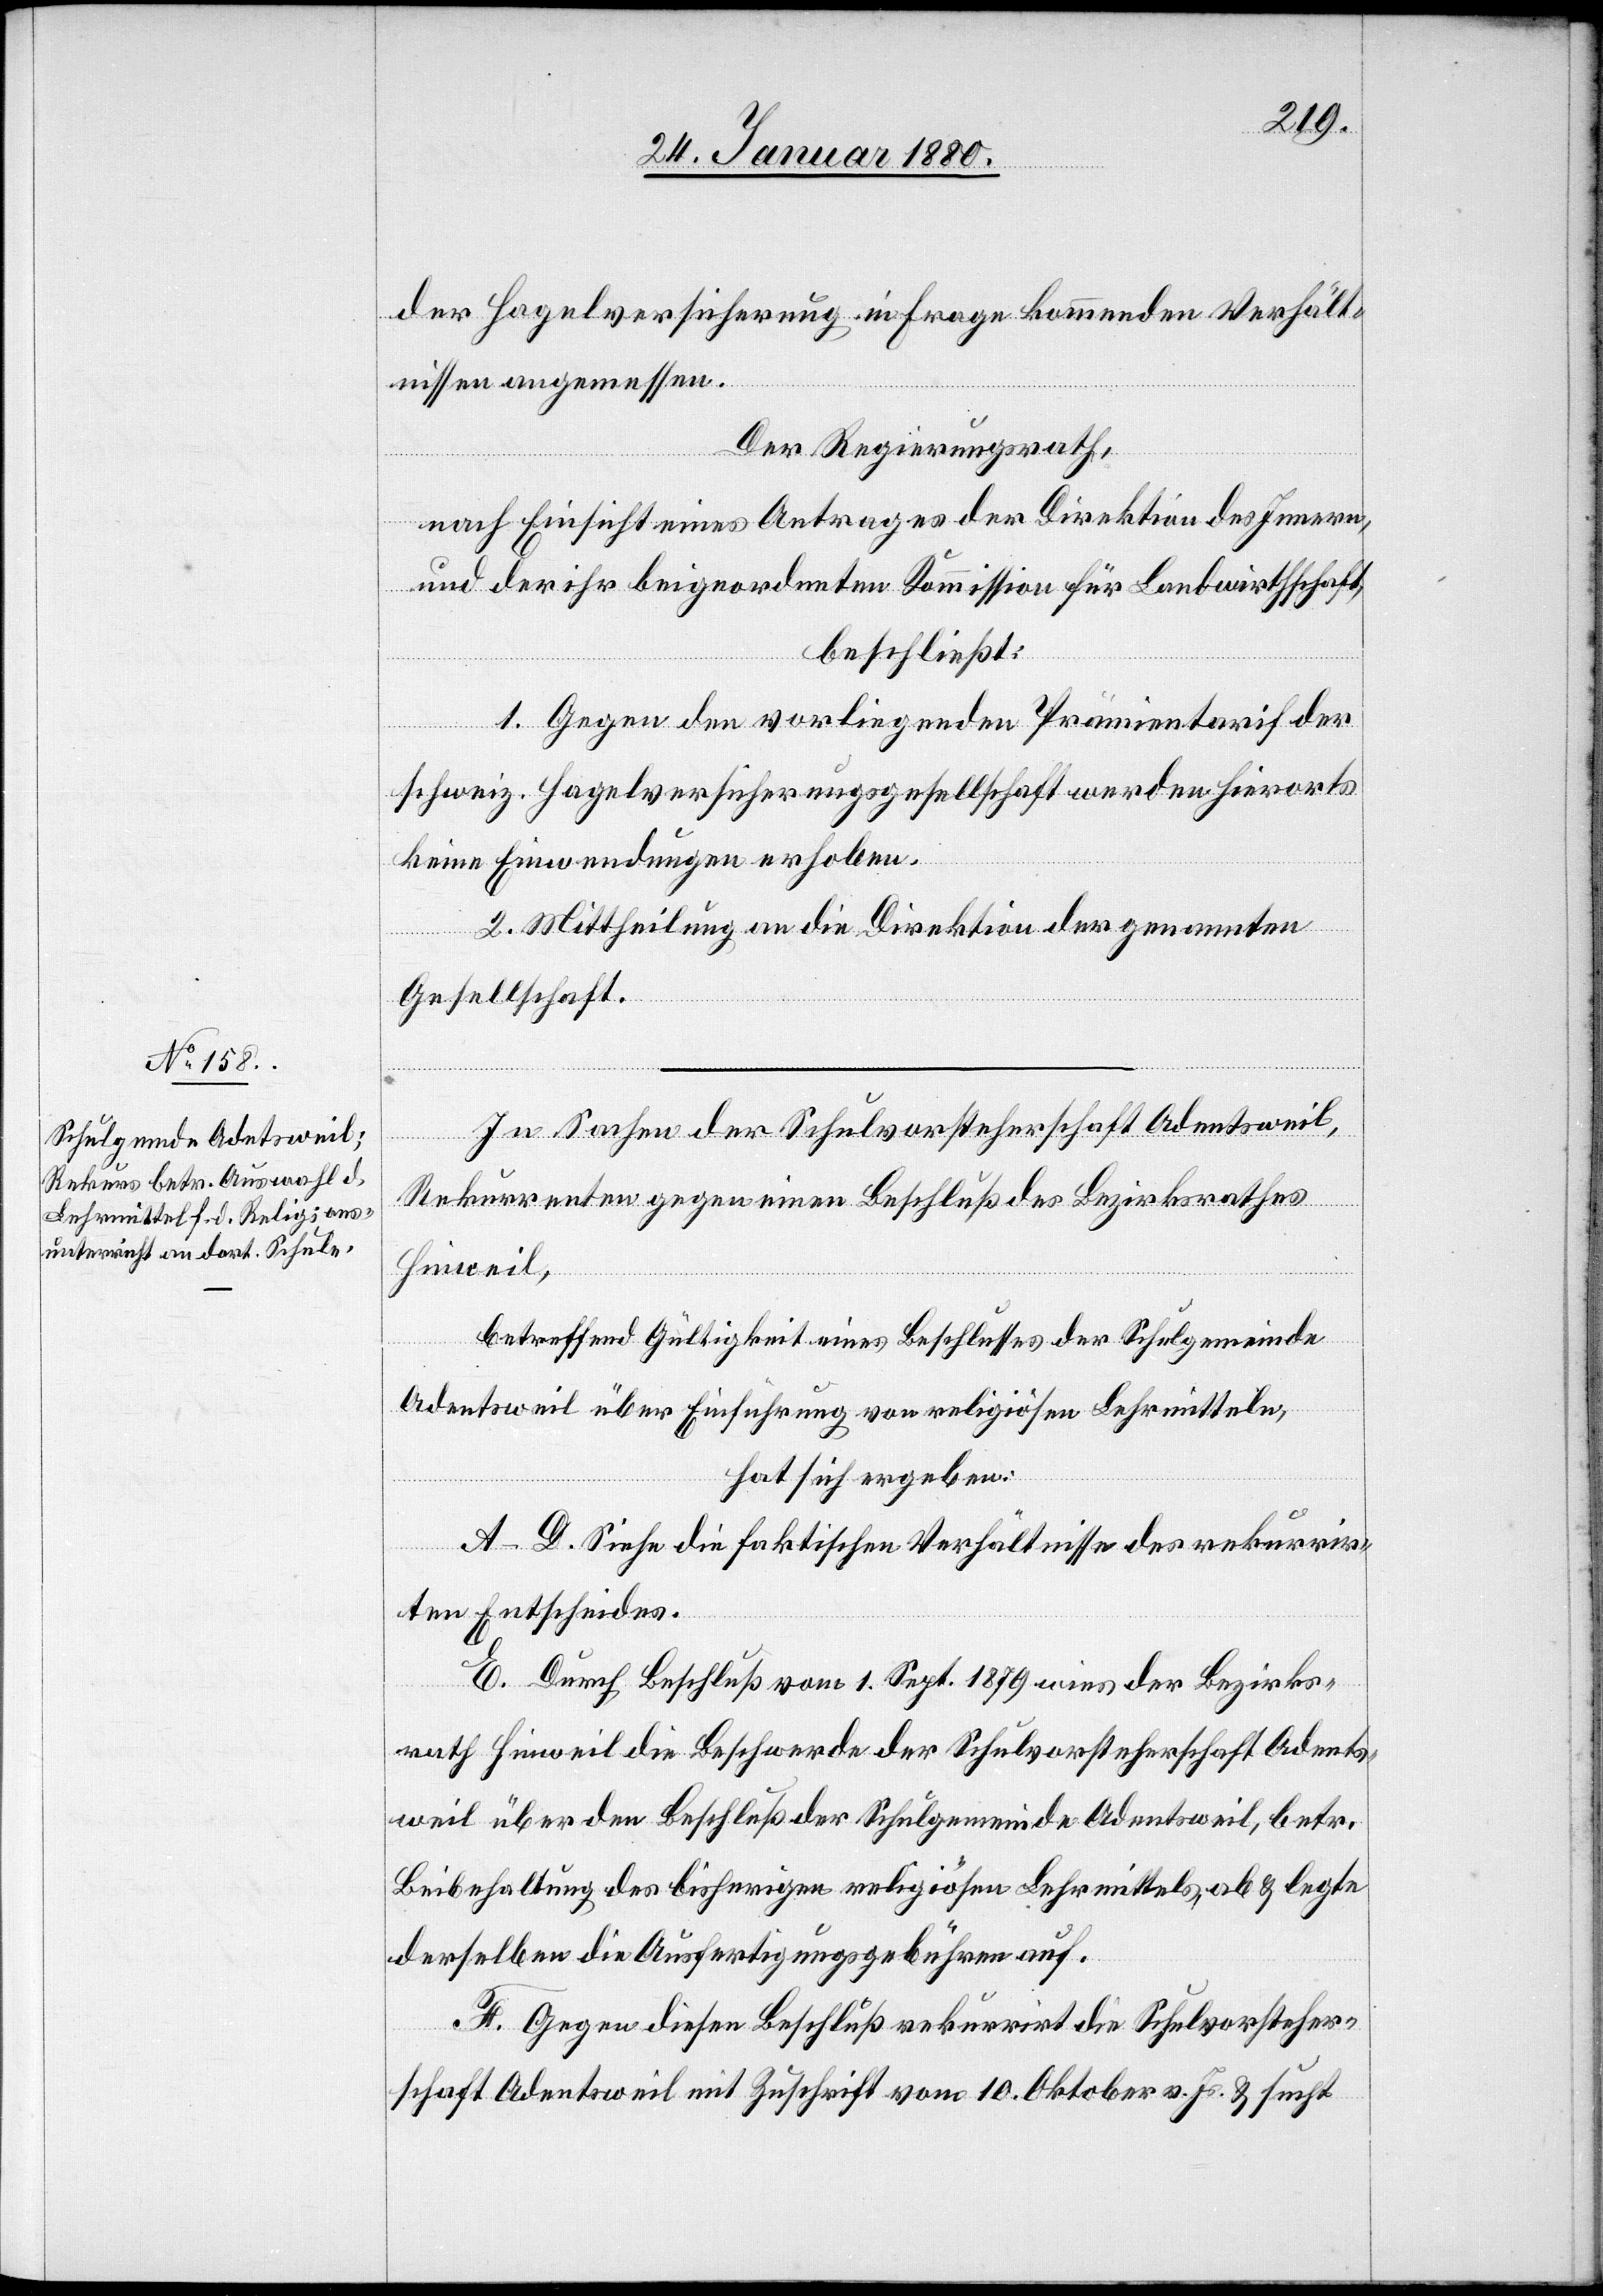
der Hagelversicherung in Frage kommenden Verhält¬
nissen angemessen.
Der Regierungsrath,
nach Einsicht eines Antrages der Direktion des Innern,
und der ihr beigeordneten Kommission für Landwirthschaft,
beschließt:
1. Gegen den vorliegenden Prämientarif der
schweiz. Hagelversicherungsgesellschaft werden hierorts
keine Einwendungen erhoben.
2. Mittheilung an die Direktion der genannten
Gesellschaft.
In Sachen der Schulvorsteherschaft Adentsweil
Rekurrenten gegen einen Beschluß des Bezirksrathes
Hinweil,
betreffend Gültigkeit eines Beschlusses der Schulgemeinde
Adentsweil über Einführung von religiösen Lehrmitteln,
hat sich ergeben:
A–D. Siehe die faktischen Verhältnisse des rekurrir¬
ten Entscheides.
E. Durch Beschluß vom 1. Sept. 1879 wies der Bezirks¬
rath Hinweil die Beschwerde der Schulvorsteherschaft Adents¬
weil über den Beschluß der Schulgemeinde Adentsweil, betr.
Beibehaltung des bisherigen religiösen Lehrmittels, ab & legte
derselben die Ausfertigungsgebühren auf.
F. Gegen diesen Beschluß rekurrirt die Schulvorsteher¬
schaft Adentsweil mit Zuschrift vom 10. Oktober v. Js. & sucht